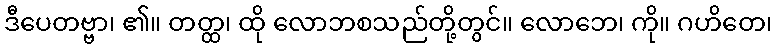
ဒီပေတဗ္ဗာ၊ ၏။ တတ္ထ၊ ထို လောဘစသည်တို့တွင်။ လောဘေ၊ ကို။ ဂဟိတေ၊